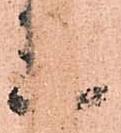
三